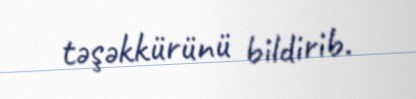
təşəkkürünü bildirib.